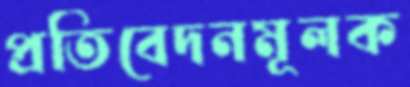
প্রতিবেদনমূলক